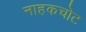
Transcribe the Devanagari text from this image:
नाहकचोट